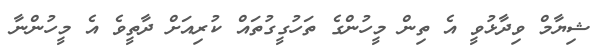
ޝިޔާމް ވިދާޅުވީ އެ ތިން މީހުންގެ ތަހުގީގުތައް ކުރިއަށް ދާތީވެ އެ މީހުންނާ